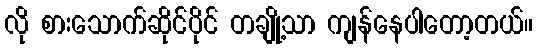
လို စားသောက်ဆိုင်ပိုင် တချို့သာ ကျန်နေပါတော့တယ်။